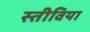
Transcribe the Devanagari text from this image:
स्तीविया